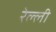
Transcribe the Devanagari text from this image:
रेल्ली